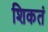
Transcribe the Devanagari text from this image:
शिकतं